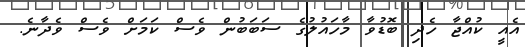
އެއީ ކުއްޖާ ހެދި ބޮޑުވާ މާހައުލުގެ ސަބަބުން ވެސް ކަމަށް ވެސް ވެދާނެ.